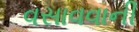
વસાવવાની